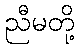
ညီမတို့